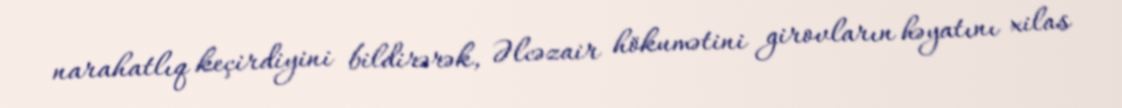
narahatlıq keçirdiyini bildirərək, Əlcəzair hökumətini girovların həyatını xilas